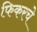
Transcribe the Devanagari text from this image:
फिकरचे